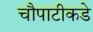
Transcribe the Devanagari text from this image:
चौपाटीकडे